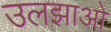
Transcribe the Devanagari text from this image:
उलझाओ